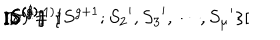
( \gamma ) = \{ S ^ { g + 1 } ; { S _ { 2 } } ^ { \prime } , { S _ { 3 } } ^ { \prime } , \cdots , { S _ { \mu } } ^ { \prime } \} [ \hspace { - 0 . 7 m m } [ S ^ { ( g ) } ] \hspace { - 0 . 7 m m } ] [ \hspace { - 0 . 7 m m } [ S ^ { ( g - 1 ) } ] \hspace { - 0 . 7 m m } ] \cdots [ \hspace { - 0 . 7 m m } [ S ^ { ( 2 ) } ] \hspace { - 0 . 7 m m } ] [ \hspace { - 0 . 7 m m } [ S ^ { ( 1 ) } ] \hspace { - 0 . 7 m m } ] ,